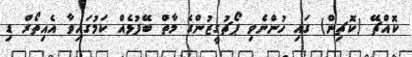
ކޮއްޗޭ (ކޮޗިން) ގައި ހުންނެވި ޕޯޗުގީޒުންގެ މާތް ބޭފުޅެއް ކަމުގައިވާ އެއިތޯރް ޑި